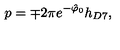
p = \mp 2 \pi e ^ { - \hat { \varphi } _ { 0 } } h _ { D 7 } ,